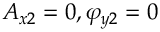
A _ { x 2 } = 0 , \varphi _ { y 2 } = 0